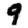
Digit: 9